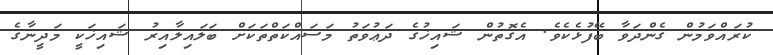
ކުރައްވަމުން ގެންދަވާ ބޭފުޅެކެވެ. އެގޮތުން ޝައިޚުގެ ދަޢުވަތު މަސައްކަތްތަކަށް ބަލައިލާއިރު ޝައިޚަކީ މަދީނާގެ